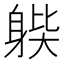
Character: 𨉊